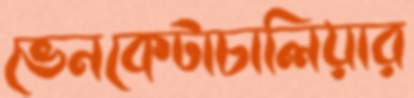
ভেনকেটাচালিয়ার